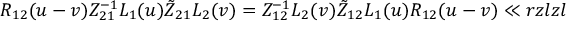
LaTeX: { R } _ { 1 2 } ( u - v ) Z _ { 2 1 } ^ { - 1 } L _ { 1 } ( u ) \tilde { Z } _ { 2 1 } L _ { 2 } ( v ) = Z _ { 1 2 } ^ { - 1 } L _ { 2 } ( v ) \tilde { Z } _ { 1 2 } L _ { 1 } ( u ) { R } _ { 1 2 } ( u - v ) \ll { r z l z l }